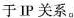
关于IP关系。